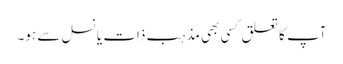
آپ کا تعلق کسی بھی مذہب ذات یا نسل سے ہو۔